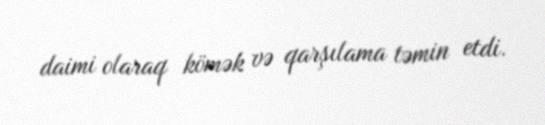
daimi olaraq kömək və qarşılama təmin etdi.